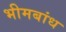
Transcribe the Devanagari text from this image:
भीमबांध